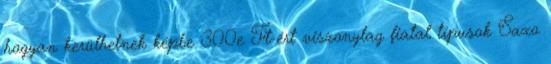
hogyan kerülhetnek képbe 300e Ft-ért viszonylag fiatal típusok Saxo